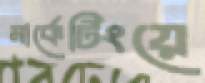
মার্কেটিংয়ে